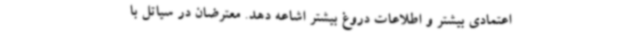
‌اعتمادی بیشتر و اطلاعات دروغ بیشتر اشاعه دهد. معترضان در سیاتل با